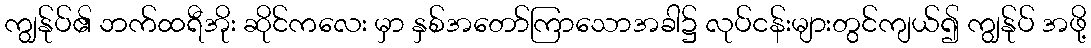
ကျွန်ုပ်၏ ဘက်ထရီအိုး ဆိုင်ကလေး မှာ နှစ်အတော်ကြာသောအခါ၌ လုပ်ငန်းများတွင်ကျယ်၍ ကျွန်ုပ် အဖို့